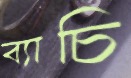
ব্যাচি